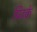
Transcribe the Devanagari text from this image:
पिटके